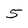
Character: 5